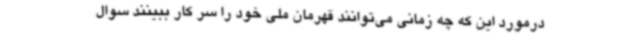
درمورد این که چه زمانی می‌توانند قهرمان ملی خود را سر کار ببینند سوال